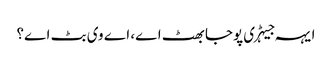
ایہہ جیہڑی پوجا بھٹ اے، اے وی بٹ اے؟